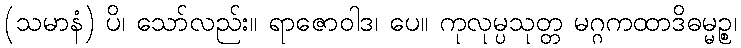
(သမာနံ) ပိ၊ သော်လည်း။ ရာဇောဝါဒ၊ ပေ။ ကုလုမ္ပသုတ္တ မဂ္ဂကထာဒိဓမ္မဉ္စ၊